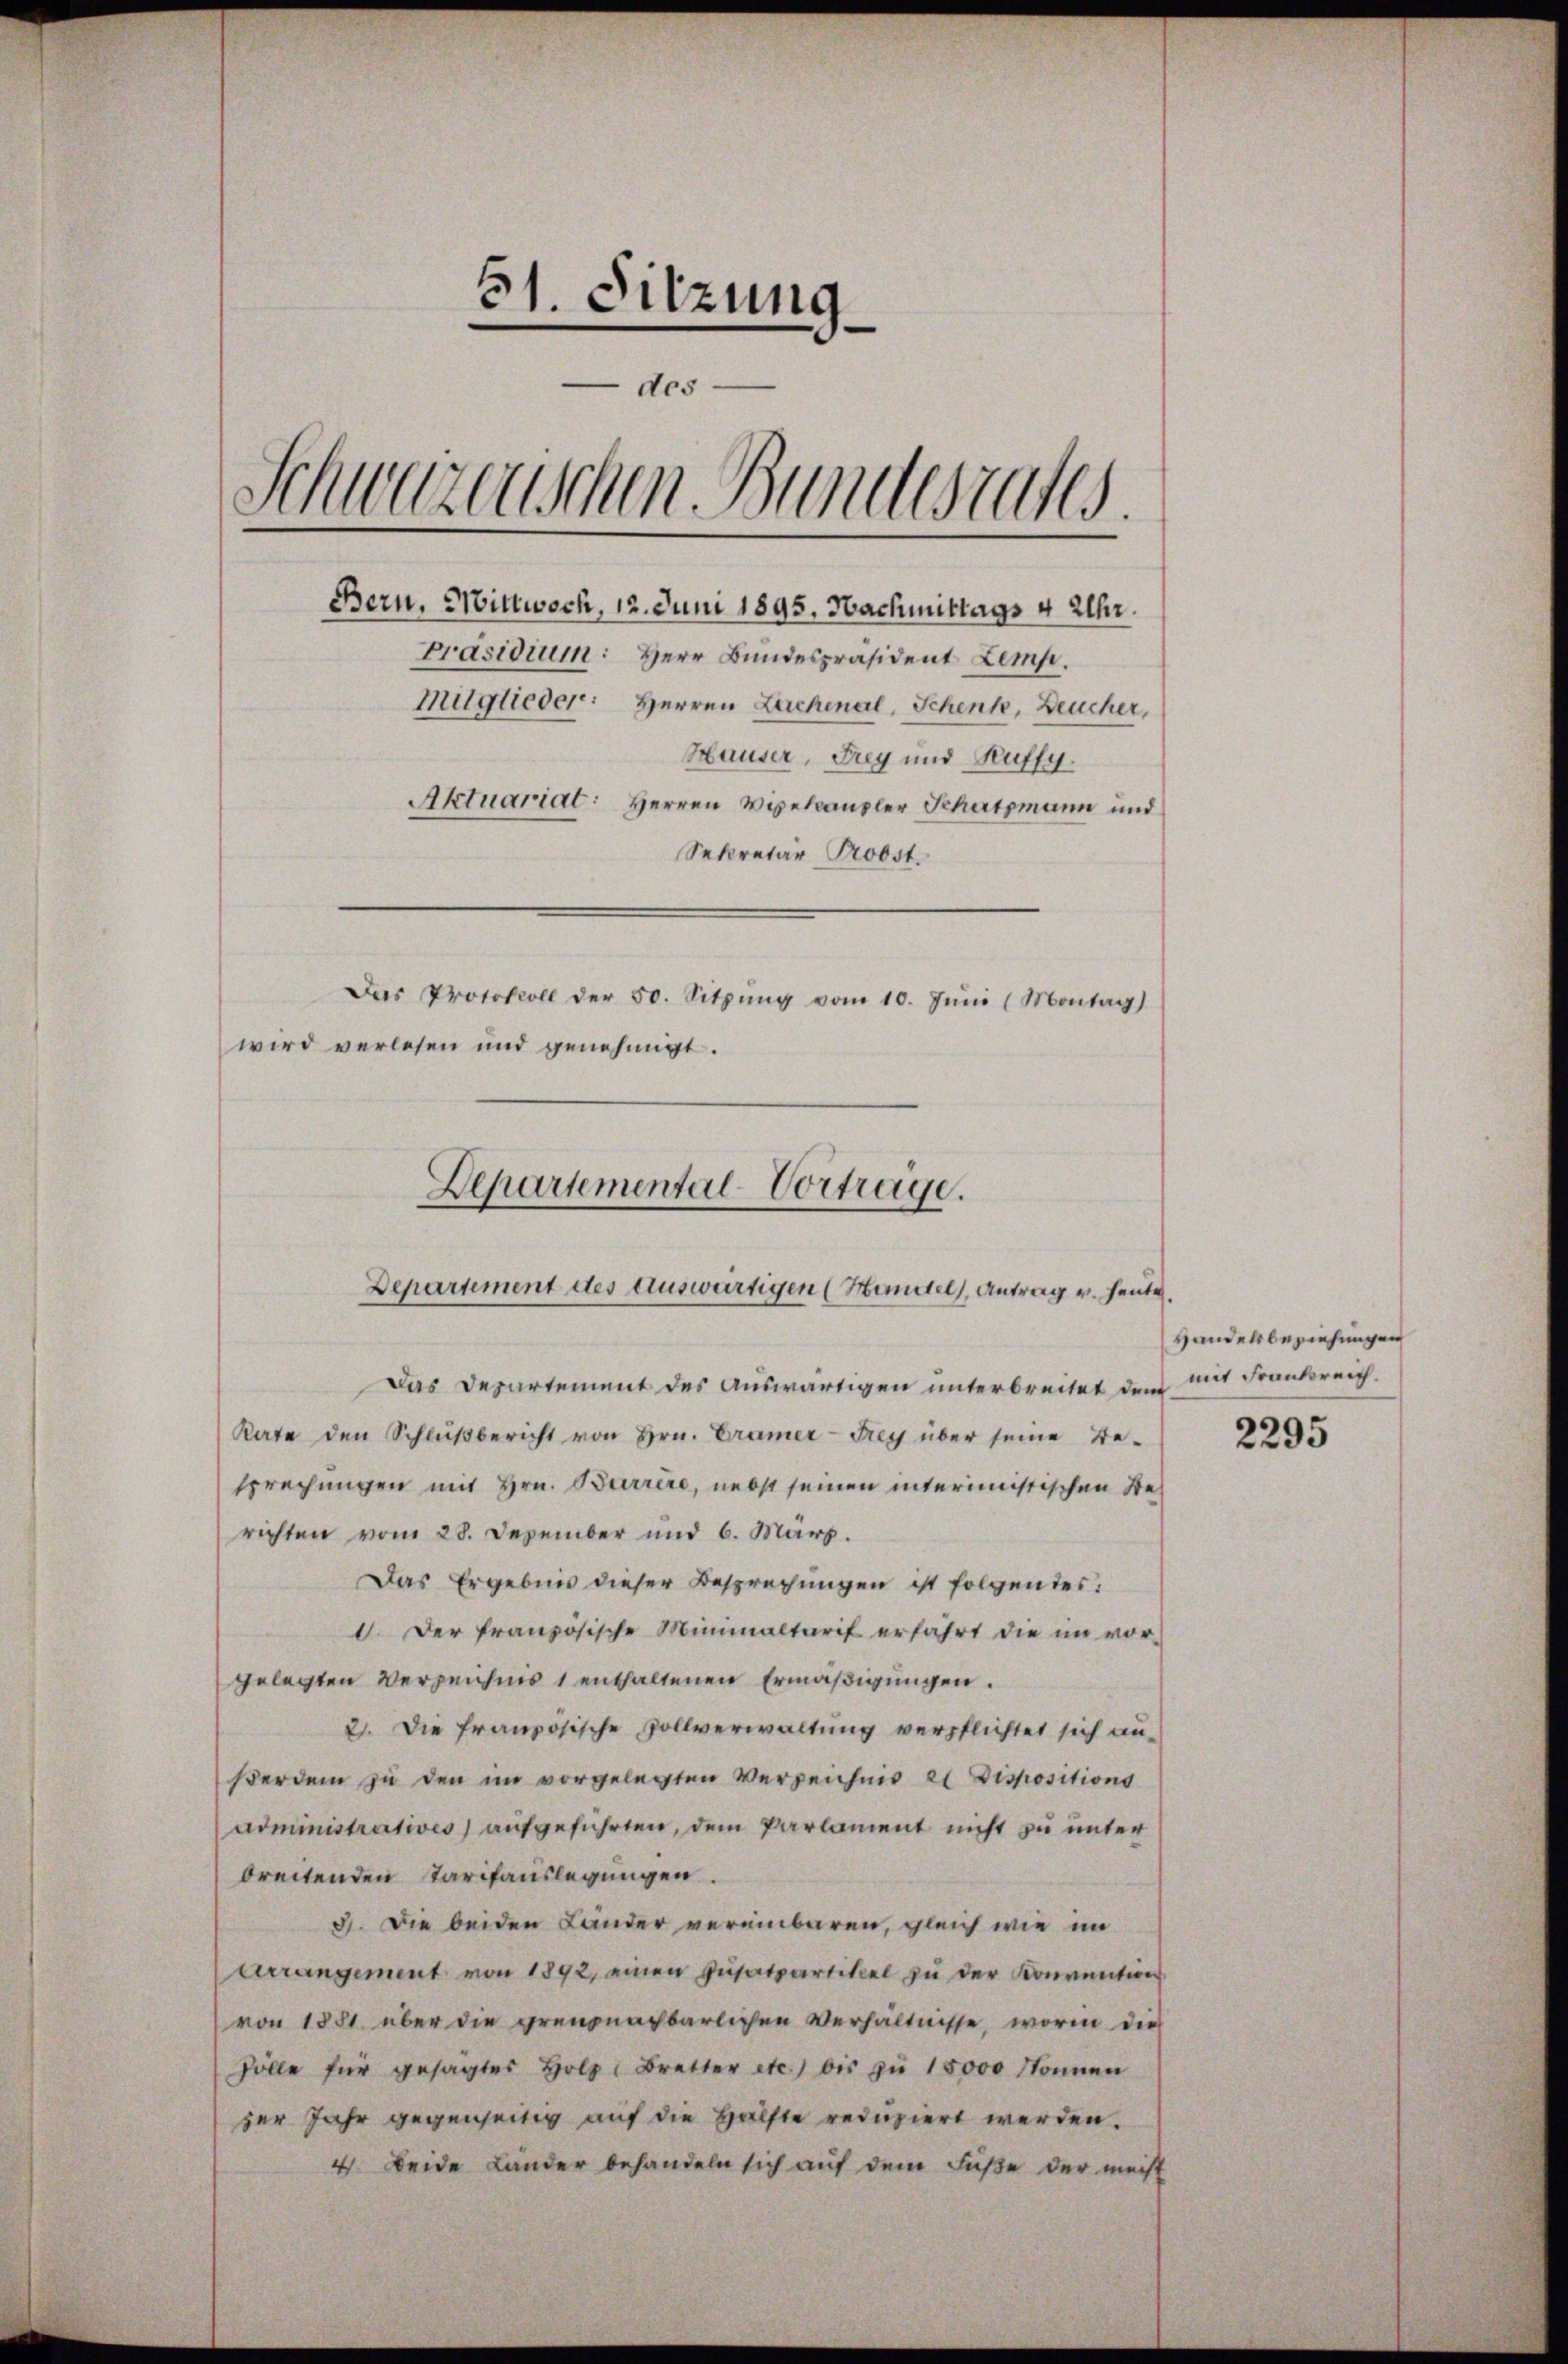
51. Sitzung
-des
Schweizerischen Bundesrates.
Bern, Mittwoch, 12. Juni 1895. Nachmittags 4 Uhr.
Präsidium: Herr Bundespräsident Lemp.
Mitglieder: Herren Lachenal, Schenk, Deucher,
Hauser, Frey und Auffy.
Aktuariat: Herren Wipelcanzler Schatzmann und
Sekretär Probst.
Das Protokoll der 50. Sitzŭng vom 10. Jŭni (Montag)
wird verlesen und genehmigt.

Departemental-Vortrage.
Departement des auswärtigen (Handel, Antrag v. heute.

Das Departement des Auswärtigen unterbreitet dem
Rate den Schlŭβbericht von Hrn. Cramer-Frey über seine Be-
sprechungen mit Hrn. Barrere, nebst seinen interimistischen Stel
richten vom 28. Dezember und 6. März.
Das Ergebnis dieser Besprechungen ist folgendes:
. Der französische Minimaltarif erfahrt die im vor-
gelegten Verzeichnis 1 enthaltenen Ermäßigungen.
2. Die französische Rollverwaltung verpflichtet sich an-
ßerdem zu den im vorgelegten Verzeichnis el Dispositions
administratives) aufgeführten, dem Parlament nicht zu unter
breitenden Tarchauslegungen.
3. Die beiden Länder vereinbaren, gleich wie im
Arrangement von 1892, einen Zusatzartikel zu der Konvention
von 1881 über die grenznachbarlichen Verhältnisse, worin die
Zölle für gesagtes Holz, Bretter etc.) bis zu 15000 Sonnen
zer Jahr gegenseitig auf die Hälfte reduziert werden.
4. Beide Länder behandeln sich auf dem Fuße der meist

Handelsbeziehungen
mit Frankreich.

2295